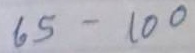
65 - 100